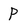
Character: P